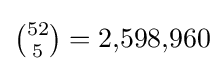
{\textstyle {52 \choose 5}=2{,}598{,}960}